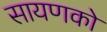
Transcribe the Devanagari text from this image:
सायणको